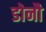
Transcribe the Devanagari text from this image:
डोनौ